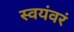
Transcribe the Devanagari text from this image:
स्वयंवरं